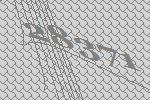
28371